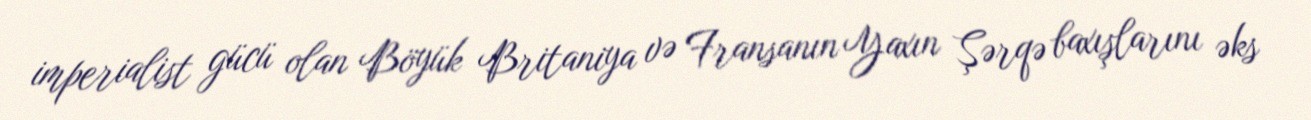
imperialist gücü olan Böyük Britaniya və Fransanın Yaxın Şərqə baxışlarını əks